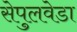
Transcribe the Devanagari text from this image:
सेपुलवेडा